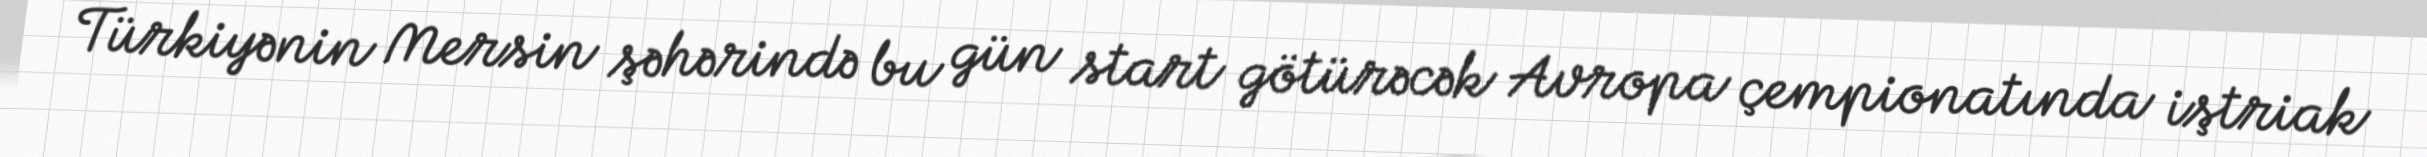
Türkiyənin Mersin şəhərində bu gün start götürəcək Avropa çempionatında iştriak